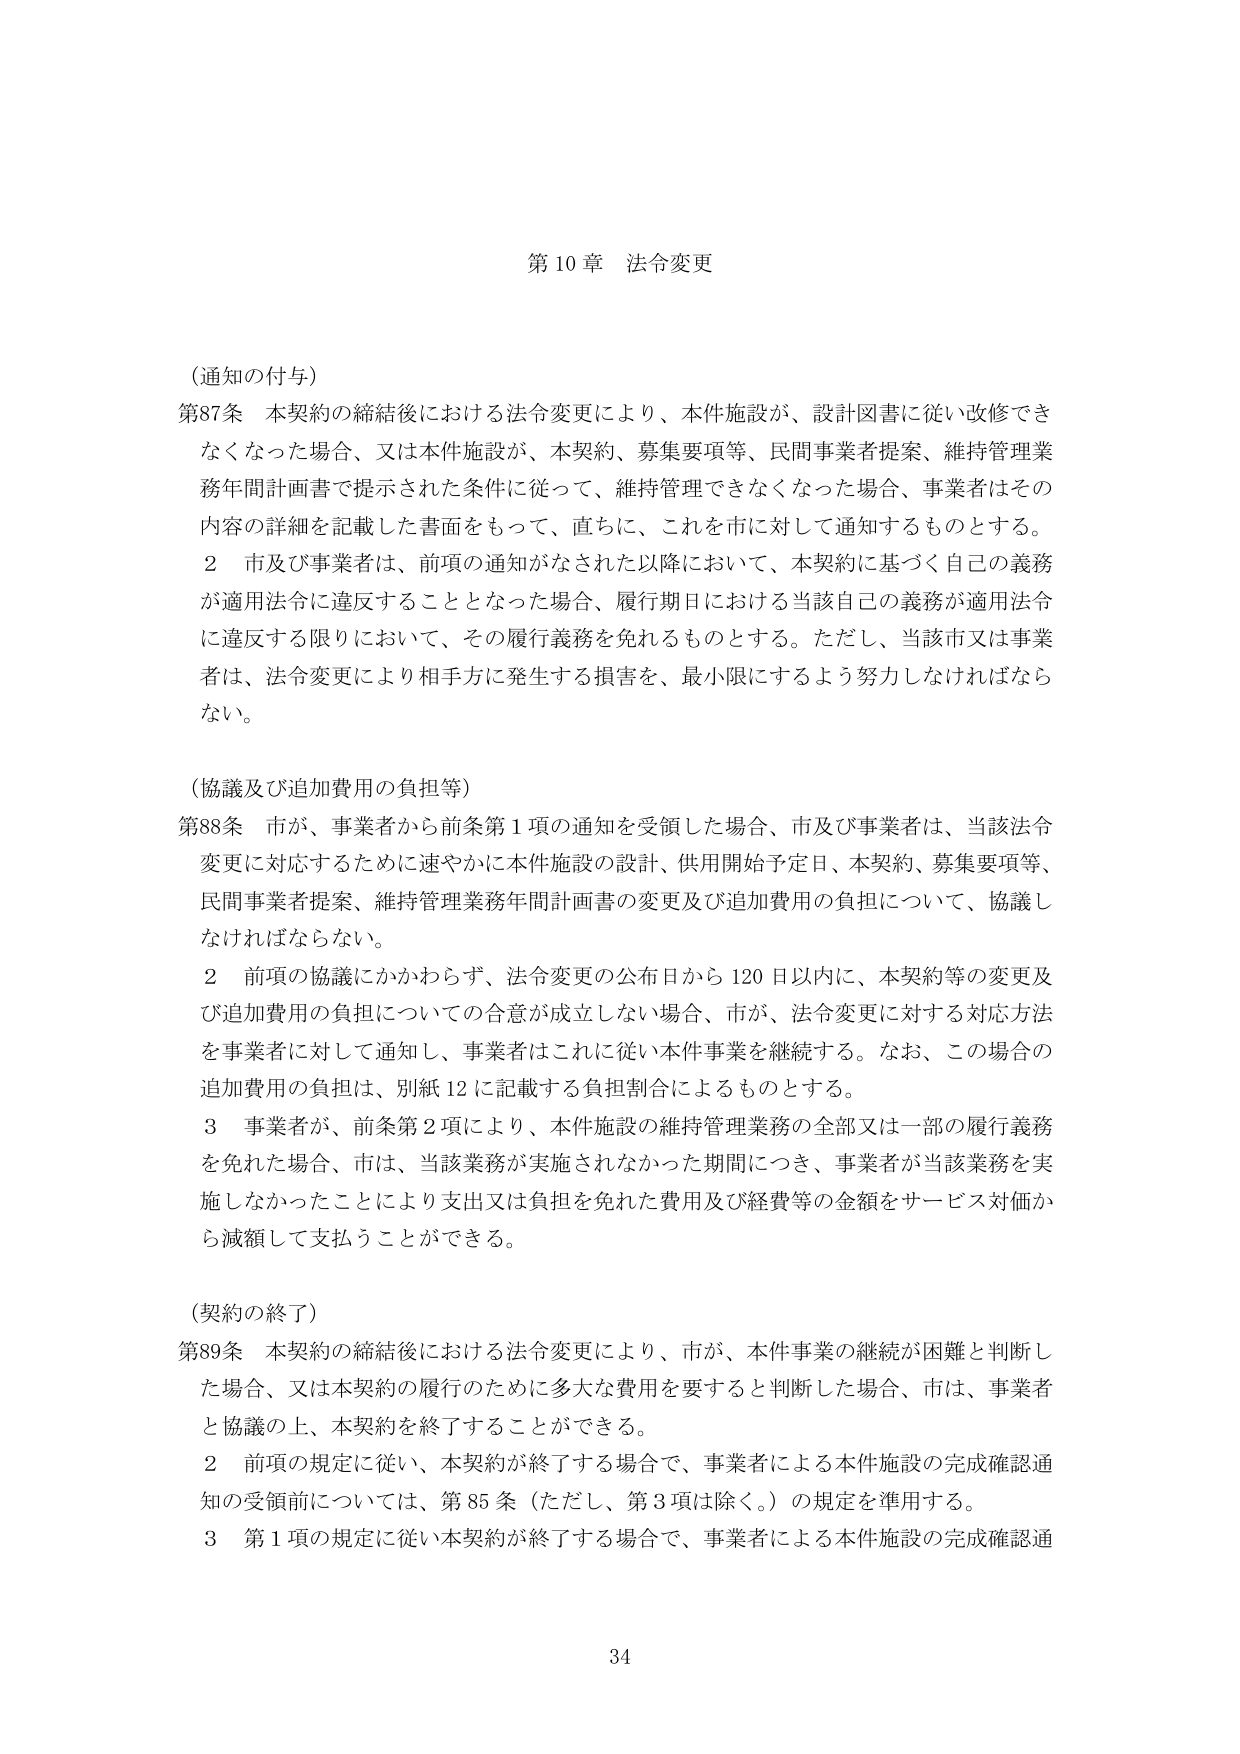
第10章 法令変更

（通知の付与）
第87条 本契約の締結後における法令変更により、本件施設が、設計図書に従い改修できなくなった場合、又は本件施設が、本契約、募集要項等、民間事業者提案、維持管理業務年間計画書で提示された条件に従って、維持管理できなくなった場合、事業者はその内容の詳細を記載した書面をもって、直ちに、これを市に対して通知するものとする。
２ 市及び事業者は、前項の通知がなされた以降において、本契約に基づく自己の義務が適用法令に違反することとなった場合、履行期日における当該自己の義務が適用法令に違反する限りにおいて、その履行義務を免れるものとする。ただし、当該市又は事業者は、法令変更により相手方に発生する損害を、最小限にするよう努力しなければならない。

（協議及び追加費用の負担等）
第88条 市が、事業者から前条第1項の通知を受領した場合、市及び事業者は、当該法令変更に対応するために速やかに本件施設の設計、供用開始予定日、本契約、募集要項等、民間事業者提案、維持管理業務年間計画書の変更及び追加費用の負担について、協議しなければならない。
２ 前項の協議にかかわらず、法令変更の公布日から120日以内に、本契約等の変更及び追加費用の負担についての合意が成立しない場合、市が、法令変更に対する対応方法を事業者に対して通知し、事業者はこれに従い本件事業を継続する。なお、この場合の追加費用の負担は、別紙12に記載する負担割合によるものとする。
３ 事業者が、前条第2項により、本件施設の維持管理業務の全部又は一部の履行義務を免れた場合、市は、当該業務が実施されなかった期間につき、事業者が当該業務を実施しなかったことにより支出又は負担を免れた費用及び経費等の金額をサービス対価から減額して支払うことができる。

（契約の終了）
第89条 本契約の締結後における法令変更により、市が、本件事業の継続が困難と判断した場合、又は本契約の履行のために多大な費用を要すると判断した場合、市は、事業者と協議の上、本契約を終了することができる。
２ 前項の規定に従い、本契約が終了する場合で、事業者による本件施設の完成確認通知の受領前については、第85条（ただし、第3項は除く。）の規定を準用する。
３ 第1項の規定に従い本契約が終了する場合で、事業者による本件施設の完成確認通

34